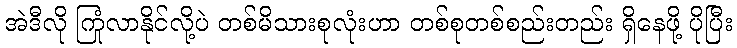
အဲဒီလို ကြုံလာနိုင်လို့ပဲ တစ်မိသားစုလုံးဟာ တစ်စုတစ်စည်းတည်း ရှိနေဖို့ ပိုပြီး